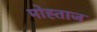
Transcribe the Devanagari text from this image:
मोह्ताज